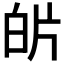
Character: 𭽌